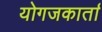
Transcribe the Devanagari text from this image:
योगजकार्ता